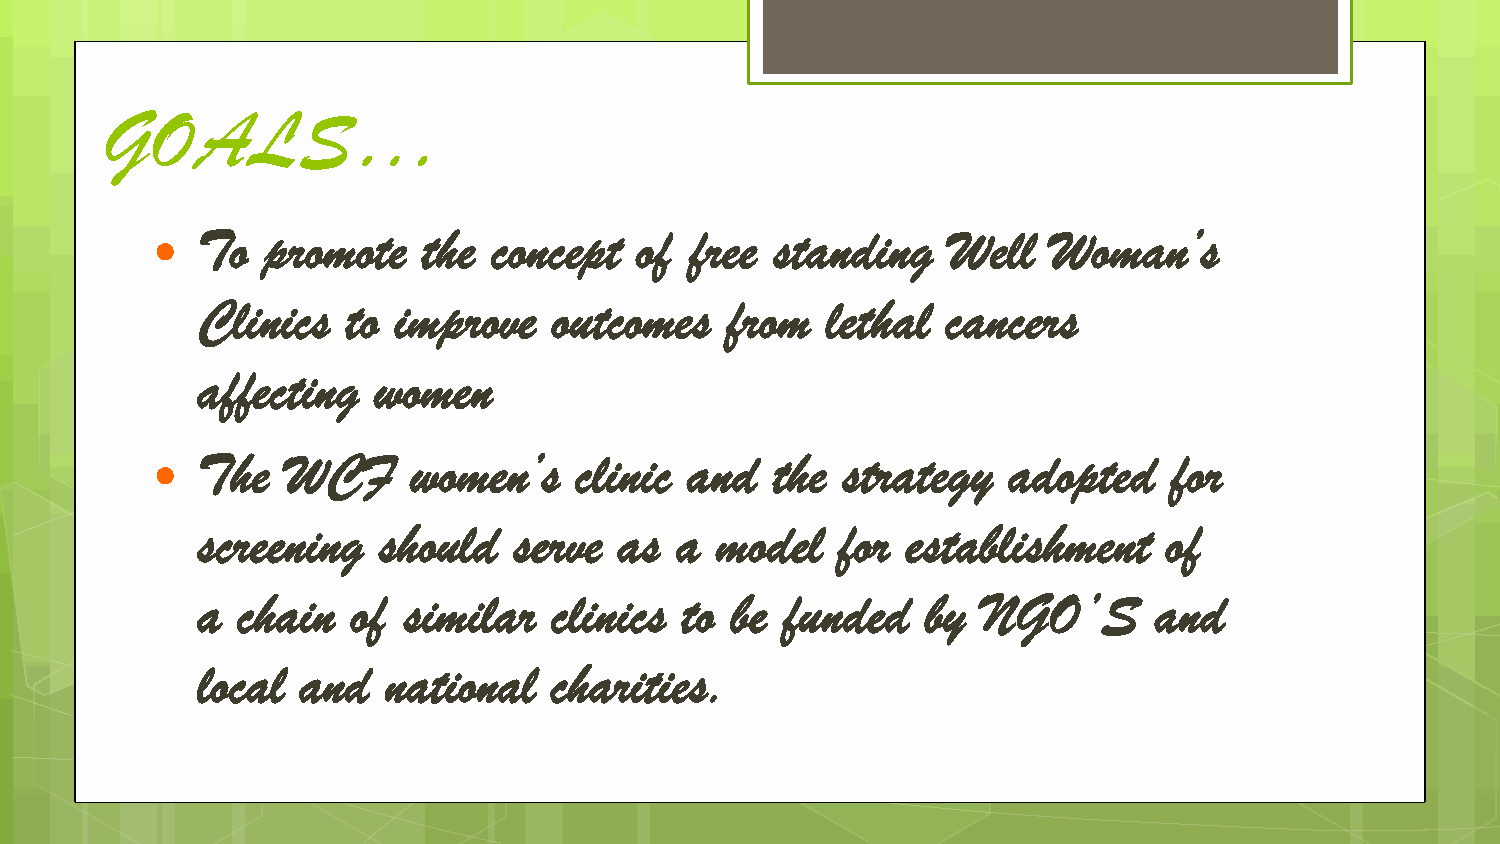
GOALS…
 To  promote    the  concept  of  free standing    Well   Woman’s
 
 Clinics   to improve    outcomes   from   lethal  cancers
 affecting   women
 The   WCF     women’s    clinic and   the  strategy   adopted    for
 
 screening   should   serve  as  a model   for  establishment    of
 a  chain  of  similar   clinics to be  funded   by  NGO’S      and
 local  and   national  charities.